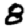
Digit: 8